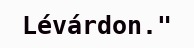
Lévárdon."